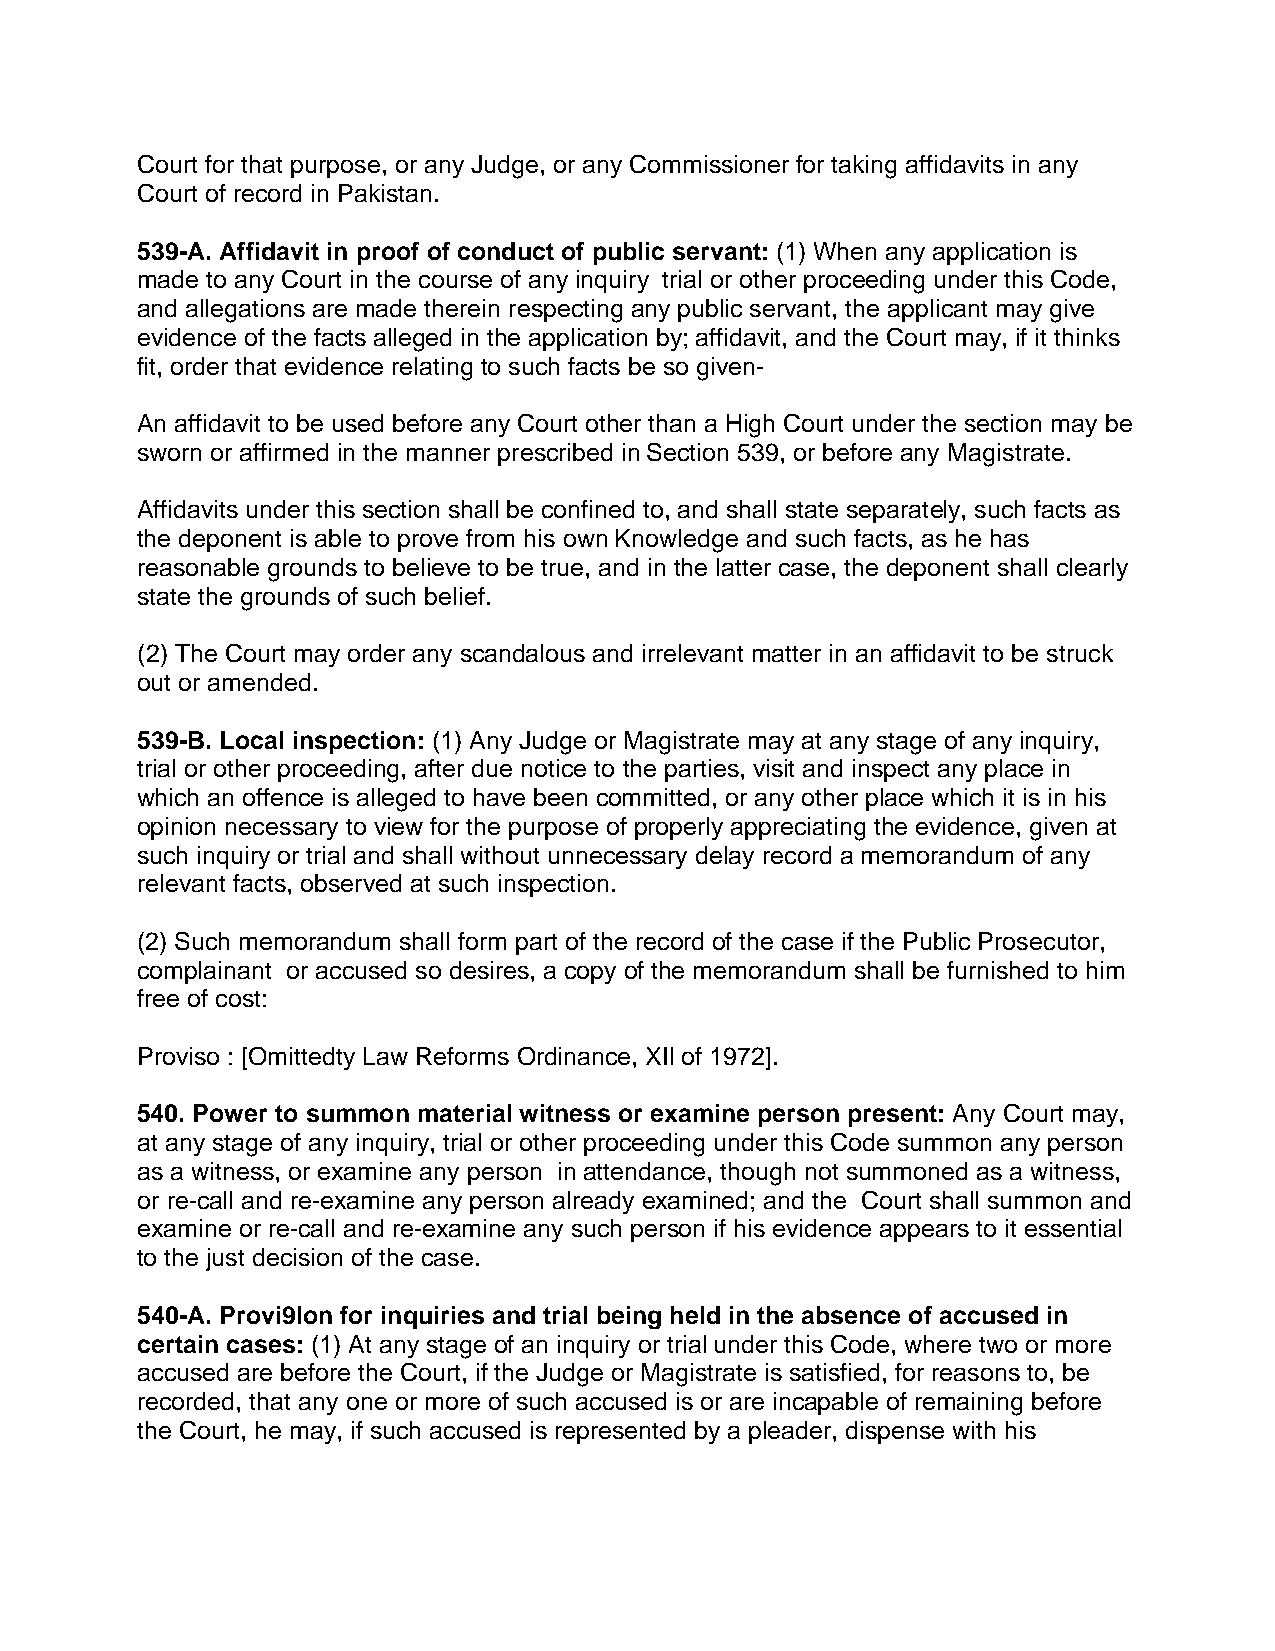
Court for that purpose, or any Judge, or any Commissioner for taking affidavits in any
 Court of record in Pakistan.
 539-A. Affidavit in proof of conduct of public servant: (1) When any application is
 made to any Court in the course of any inquiry trial or other proceeding under this Code,
 and allegations are made therein respecting any public servant, the applicant may give
 evidence of the facts alleged in the application by; affidavit, and the Court may, if it thinks
 fit, order that evidence relating to such facts be so given-
 An affidavit to be used before any Court other than a High Court under the section may be
 sworn or affirmed in the manner prescribed in Section 539, or before any Magistrate.
 Affidavits under this section shall be confined to, and shall state separately, such facts as
 the deponent is able to prove from his own Knowledge and such facts, as he has
 reasonable grounds to believe to be true, and in the latter case, the deponent shall clearly
 state the grounds of such belief.
 (2) The Court may order any scandalous and irrelevant matter in an affidavit to be struck
 out or amended.
 539-B. Local inspection: (1) Any Judge or Magistrate may at any stage of any inquiry,
 trial or other proceeding, after due notice to the parties, visit and inspect any place in
 which an offence is alleged to have been committed, or any other place which it is in his
 opinion necessary to view for the purpose of properly appreciating the evidence, given at
 such inquiry or trial and shall without unnecessary delay record a memorandum of any
 relevant facts, observed at such inspection.
 (2) Such memorandum shall form part of the record of the case if the Public Prosecutor,
 complainant or accused so desires, a copy of the memorandum shall be furnished to him
 free of cost:
 Proviso : [Omittedty Law Reforms Ordinance, XIl of 1972].
 540. Power to summon material witness or examine person present: Any Court may,
 at any stage of any inquiry, trial or other proceeding under this Code summon any person
 as a witness, or examine any person in attendance, though not summoned as a witness,
 or re-call and re-examine any person already examined; and the Court shall summon and
 examine or re-call and re-examine any such person if his evidence appears to it essential
 to the just decision of the case.
 540-A. Provi9lon for inquiries and trial being held in the absence of accused in
 certain cases: (1) At any stage of an inquiry or trial under this Code, where two or more
 accused are before the Court, if the Judge or Magistrate is satisfied, for reasons to, be
 recorded, that any one or more of such accused is or are incapable of remaining before
 the Court, he may, if such accused is represented by a pleader, dispense with his